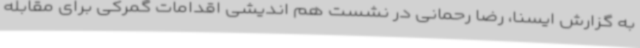
به گزارش ایسنا، رضا رحمانی در نشست هم اندیشی اقدامات گمرکی برای مقابله